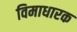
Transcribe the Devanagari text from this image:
विमाधारक